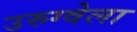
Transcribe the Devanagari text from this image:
उरुग्वेला